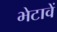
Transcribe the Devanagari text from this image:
भेटावें